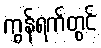
ကွန်ရက်တွင်